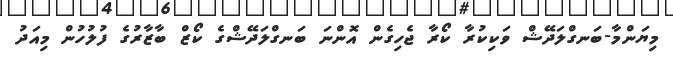
މިޔަންމާ-ބަނގްލަދޭޝް ވަކިކުރާ ކޯރާ ޖެހިގެން އޮންނަ ބަނގްލަދޭޝްގެ ކޯޒް ބާޒާރުގެ ފުލުހުން މިއަދު